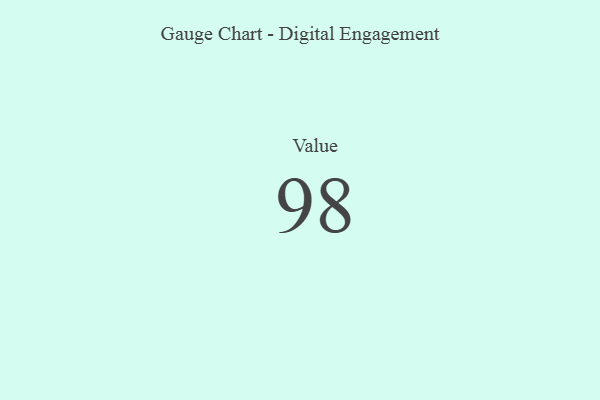
{"axis": {"x": "Metric", "y": "Value"}, "legend": [""], "data": [{"x": "Value", "y": 98, "type": ""}]}